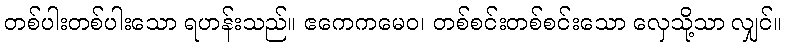
တစ်ပါးတစ်ပါးသော ရဟန်းသည်။ ဧကေကမေဝ၊ တစ်စင်းတစ်စင်းသော လှေသို့သာ လျှင်။